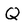
Character: Q